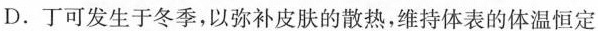
D.丁可发生于冬季，以弥补皮肤的散热，维持体表的体温恒定